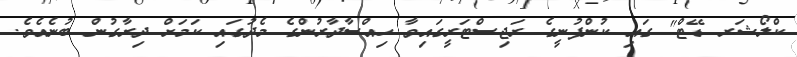
ކްލޯޝަރ ޑޭޓް" ގައި ކުންފުނީގެ ރަޖިސްޓަރީގައިވާ ހިއްސާދާރުންގެ މެދުގައި ކަމަށް ދިރާގުން ބުނެއެވެ.